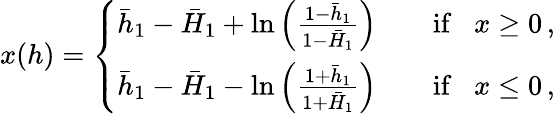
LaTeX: x(h)=\left\{ \begin{array}{ll}{\bar{h}_{1}-\bar{H}_{1}+\ln\left(\frac{1-\bar{h}_{1}}{1-\bar{H}_{1}}\right)}&{\quad\mathrm{if~}\; \; x\geq 0\, ,}\\ {\bar{h}_{1}-\bar{H}_{1}-\ln\left(\frac{1+\bar{h}_{1}}{1+\bar{H}_{1}}\right)}&{\quad\mathrm{if~}\; \; x\leq 0\, ,}\end{array}\right.